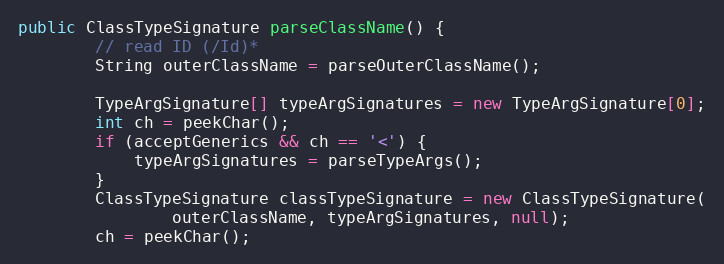
Language: Java
public ClassTypeSignature parseClassName() {
		// read ID (/Id)*
		String outerClassName = parseOuterClassName();

		TypeArgSignature[] typeArgSignatures = new TypeArgSignature[0];
		int ch = peekChar();
		if (acceptGenerics && ch == '<') {
			typeArgSignatures = parseTypeArgs();
		}
		ClassTypeSignature classTypeSignature = new ClassTypeSignature(
				outerClassName, typeArgSignatures, null);
		ch = peekChar();